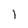
Character: l